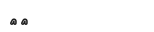
١٠